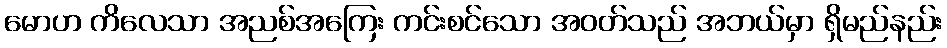
မောဟ ကိလေသာ အညစ်အကြေး ကင်းစင်သော အဝတ်သည် အဘယ်မှာ ရှိမည်နည်း